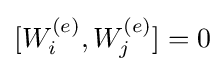
[W_{i}^{(e)},W_{j}^{(e)}]=0